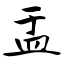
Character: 盂